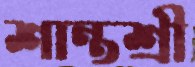
শান্তশ্রী